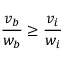
{ \frac { v _ { b } } { w _ { b } } } \geq { \frac { v _ { i } } { w _ { i } } }